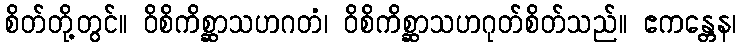
စိတ်တို့တွင်။ ဝိစိကိစ္ဆာသဟဂတံ၊ ဝိစိကိစ္ဆာသဟဂုတ်စိတ်သည်။ ဧကန္တေန၊